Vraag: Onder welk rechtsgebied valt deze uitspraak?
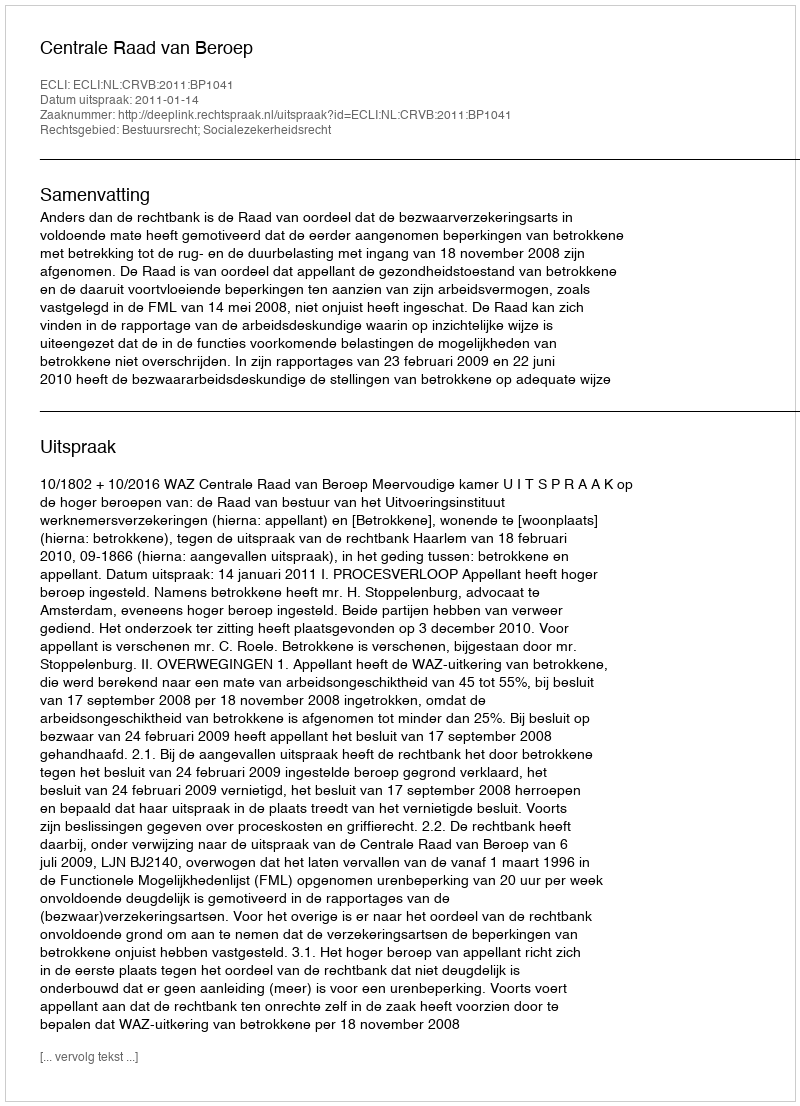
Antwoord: Bestuursrecht; Socialezekerheidsrecht